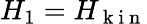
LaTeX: H_{1}=H_{\mathrm{~k~i~n~}}